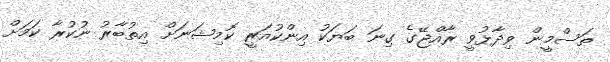
ތަސްމީން ވިދާޅުވީ ރާއްޖޭގެ ގިނަ ބަޔަކު އިންކުއަރީ ކޮމިޝަނަށް އިތުބާރު ނުކުރާ ކަމަށް